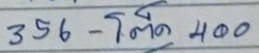
356 - โต๊ด 400